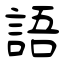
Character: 語